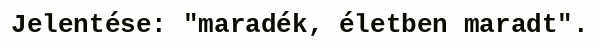
Jelentése: "maradék, életben maradt".